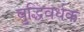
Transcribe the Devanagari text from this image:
बुद्धिवर्धक